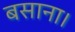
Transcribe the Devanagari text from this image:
बसाना।